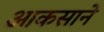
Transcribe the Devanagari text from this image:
आकसाने